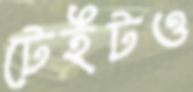
টেইটও